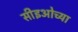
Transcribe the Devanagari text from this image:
सीइओच्या